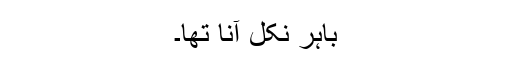
باہر نکل آنا تھا۔